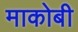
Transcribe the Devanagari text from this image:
माकोबी